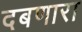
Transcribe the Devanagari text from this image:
दबणारा